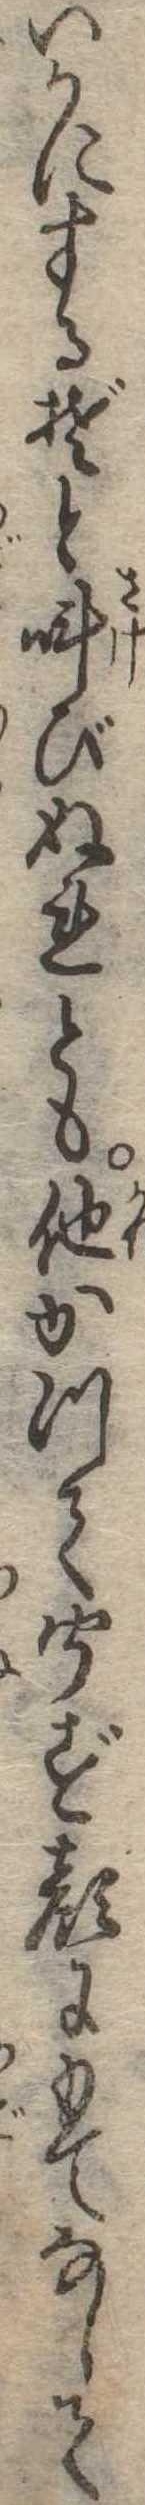
いかにするぞと叫びぬれとも他かつて聞ず顔にもてなして